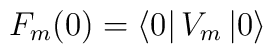
F_{m}(0)=\left\langle 0\right| V_{m}\left| 0\right\rangle